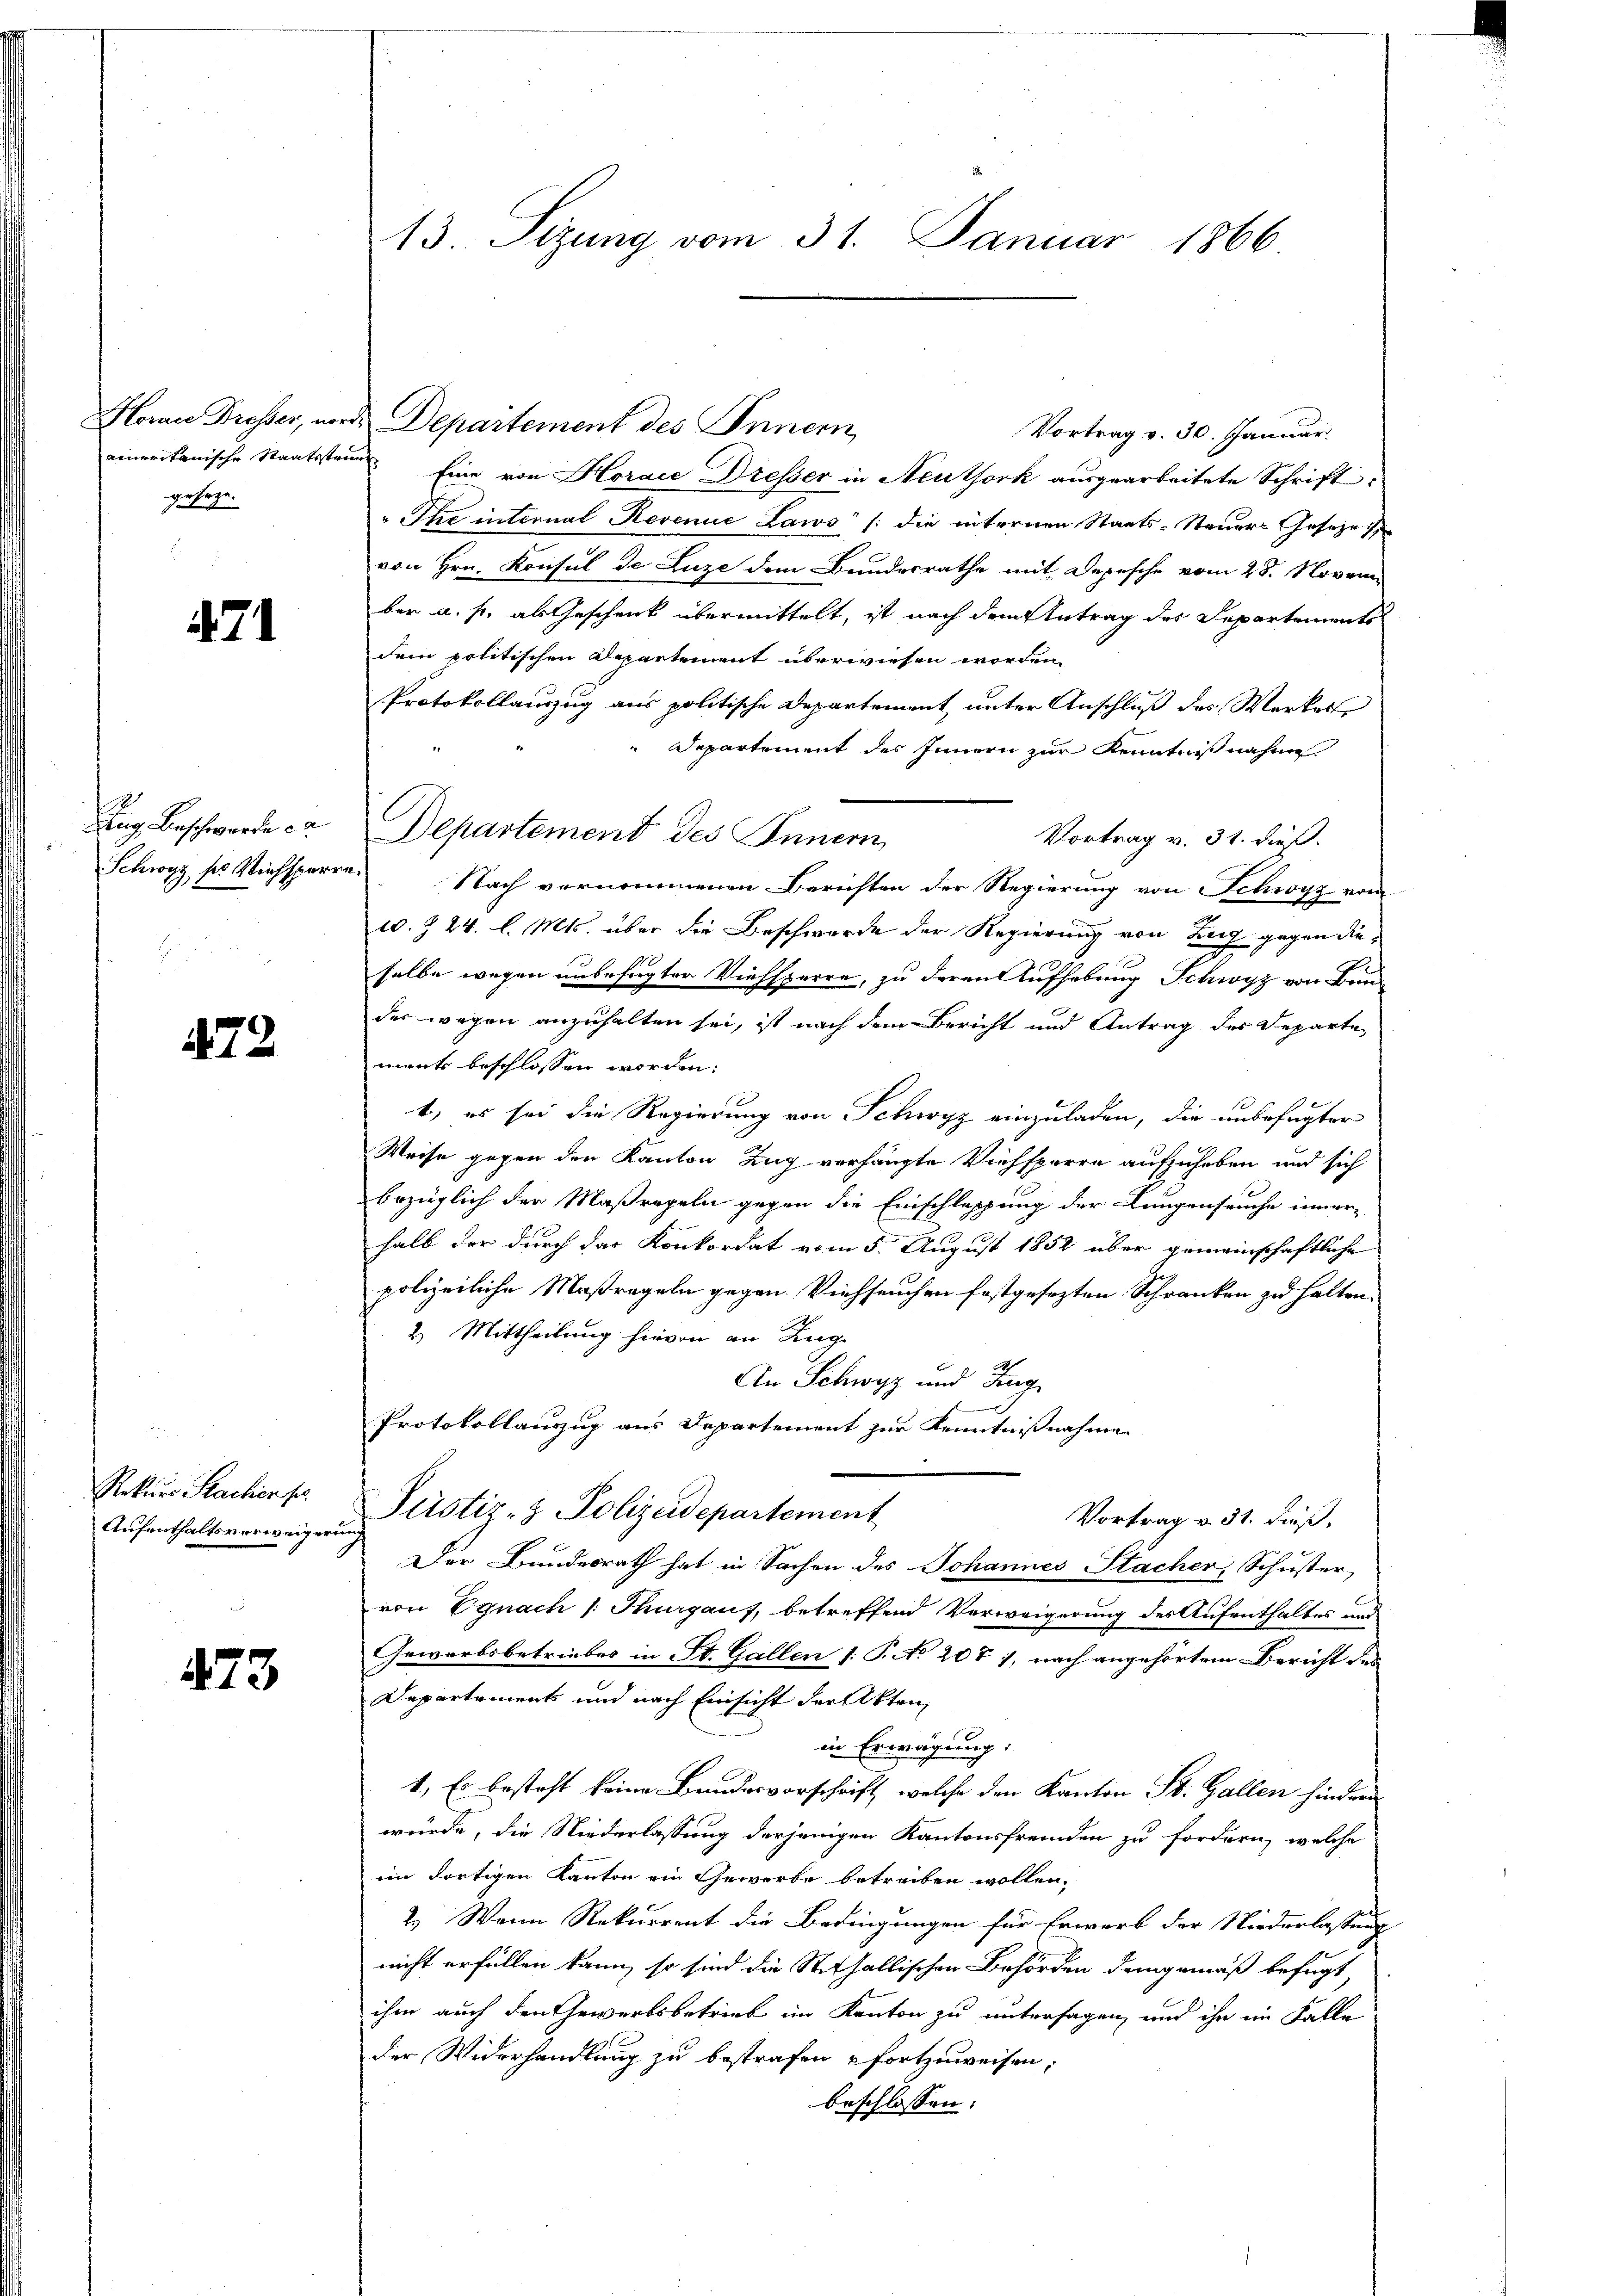
geseze

471

Rug Beschwerde da

472

Rekurs Sachen fr.
Aufenthaltsverweigern

473

13. Sizung vom 31. Januar 1866

Herau Dresser, worde Departement des Innern,
Vortrag v. 30. Januar.
einerikanische Staatsstand. Eine von Horaić Dresser in Neuthork ausgearbeitete Schrift¬
" Ihre internal Revenue Laws /: die internen Staats-Steuers Gesetzes
von Hrn. Konsul de Luze dem Bundesrathe mit Depesche vom 28. Novem
ber a. p. als Geschenk übermittelt, ist nach dem Antrag des Departements
dem politischen Departement überwiesen worden.
Protokollauszug aus politische Departement unter Anschluß des Werker
Departement des Innern zur Kenntnißnahme
Departement des Innern
Vortrag v. 31. dieß.
Schwyz sr Viehsperre. Nach vernommenen Berichten der Regierung von Schwyz vom
w. § 24. l. Mts. über die Beschwerde der Regierung von Zug gegen die
selbe wegen unbefugter Viehsperre, zu deren Aufhebung Schwyz von Bun-
der wegen anzuhalten sei, ist nach dem Bericht und Antrag des Departe
ment beschlossen worden:
t, es sei die Regierung von Schwyz einzuladen, die unbefugter
Weise gegen den Kanton Zug verhängte Viehsperre aufzuheben und sich
bezüglich der Maßregeln gegen die Einschleppung der Langenseuche inner-
halb der durch das Konkordat vom 5. August 1852 über gemeinschaftliche
polizeiliche Maßregeln gegen Viehseuchen festgesezten Schranken zu halten.
2.) Mittheilung hievon an Zug
An Schwyz und Zug
Protokollauszug aus Departement zur Kenntnißnahme
Pirstiz- & Polizeidepartement
Vortrag v. 31. dieß,
Der Bundesrath hat in Sachen des Johannes Sacher, Schuster
von Egnach /: Thurgaus, betreffend Verweigerung des Aufenthaltes und
Gewerbsbetriebes in St. Gallen (: P. No 20t 1, nach angehörtem Bericht des
Departement und nach Einsicht der Akten
in Erwägung:
1., Es besteht keine Bandesvorschrift, welche den Kanton St. Gallen finder
würde, die Niederlassung derjenigen Kantonsfremden zu fordern, welche
im dortigen Kanton ein Gewerbe betreiben wollen,
2.) Wenn Rekurrent die Bedingungen für Erwerb der Niederlassung
nicht erfüllen kann, so sind die Steffallischen Behörden demgemäß befugt,
ihm auch den Gewerbsbetrieb im Kanton zu untersagen, und ihn im Falle
der Widerhandlung zu bestrafen & fortzuweisen.
beschlossen: